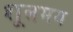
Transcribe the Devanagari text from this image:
शूलमय